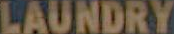
LAUNDRY